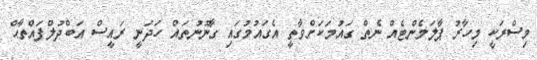
މިސްރަކީ މިހާރު ޕާލަމެންޓެއް ނެތް ގައުމަކަށްވާތީ އެގައުމުގައި ގާނޫނުތައް ހަދަނީ ރައީސް އަބްދުލްފައްތާޙް